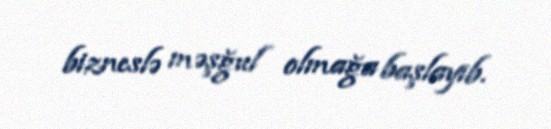
bizneslə məşğul olmağa başlayıb.